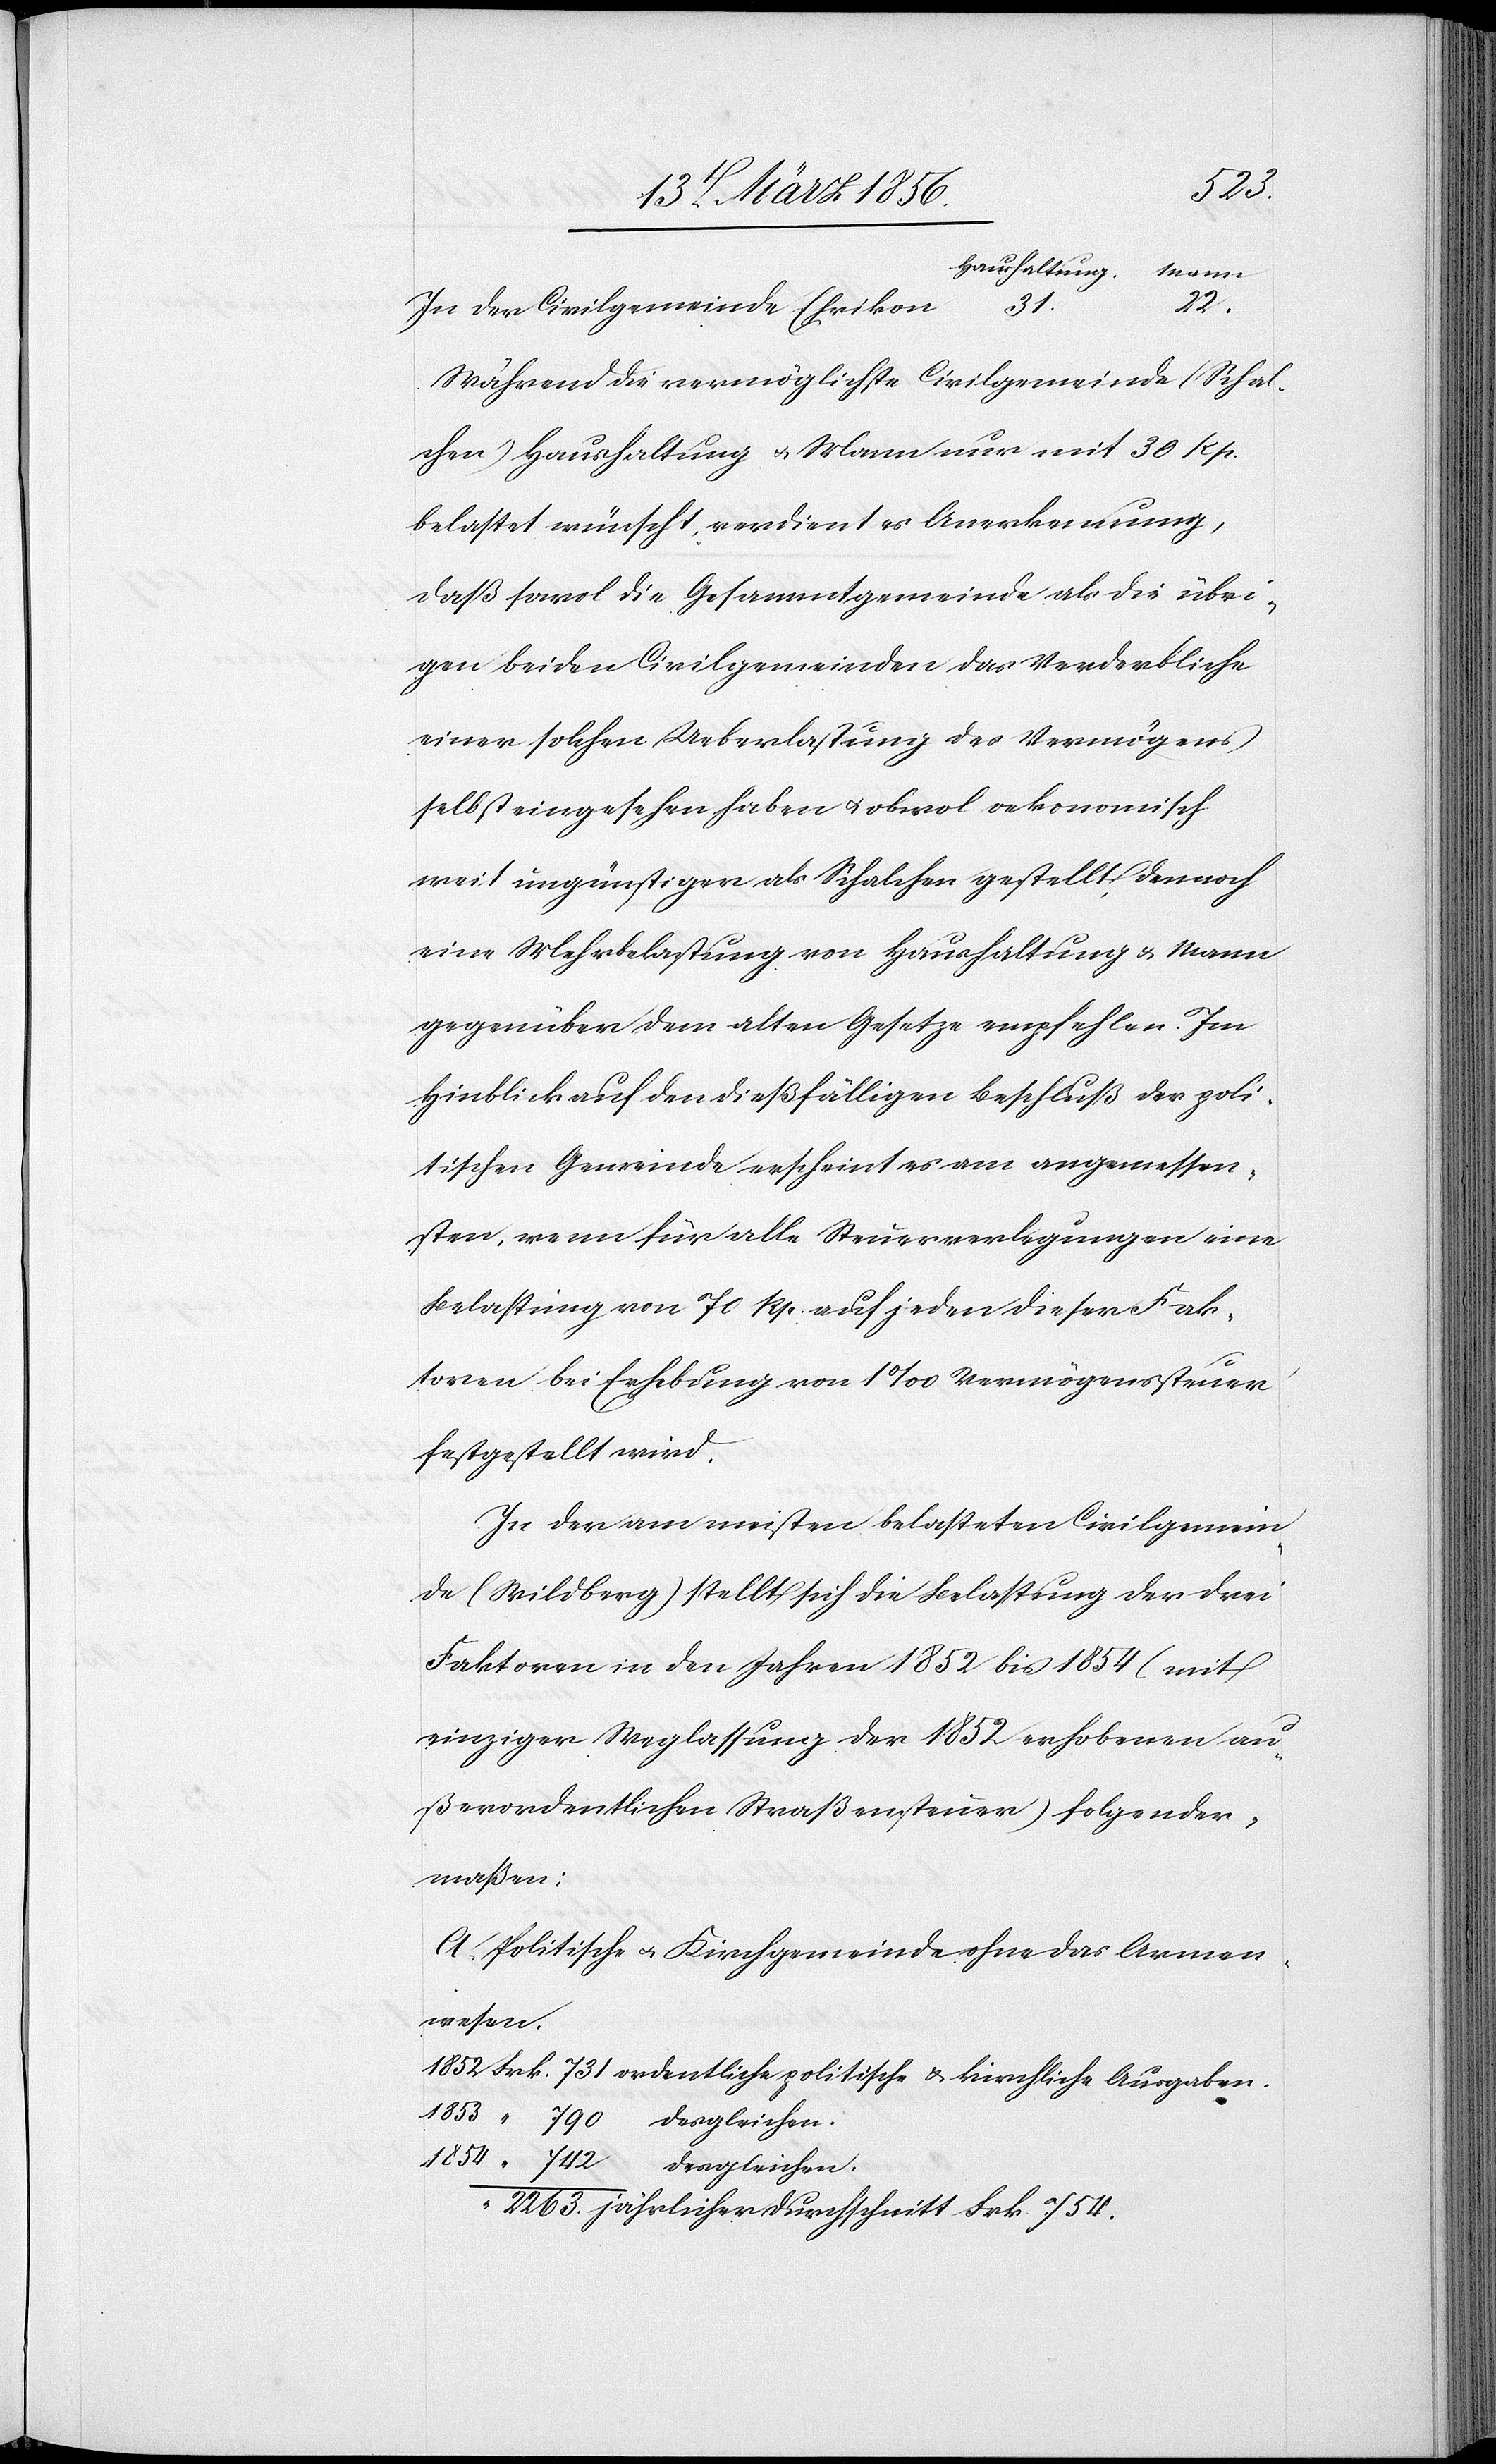
22.
31.
Während die vermöglichste Civilgemeinde (Schal¬
chen) Haushaltung u. Mann nur mit 30 Rp.
belastet wünscht, verdient es Anerkennung,
daß sowol die Gesammtgemeinde als die übri¬
gen beiden Civilgemeinden das Verderbliche
einer solchen Ueberlastung des Vermögens
selbst eingesehen haben u. obwol oekonomisch
weit ungünstiger als Schalchen gestellt, dennoch
eine Mehrbelastung von Haushaltung & Mann
gegenüber dem alten Gesetze empfehlen. Im
Hinblick auf den dießfälligen Beschluß der poli¬
tischen Gemeinde erscheint es am angemessen¬
sten, wenn für alle Steuerverlegungen eine
Belastung von 70 Rp. auf jeden dieser Fak¬
toren bei Erhebung von 1‰ Vermögenssteuer
festgestellt wird.
In der am meisten belasteten Civilgemein¬
de (Wildberg) stellt sich die Belastung der drei
Faktoren in den Jahren 1852 bis 1854 (mit
einziger Weglassung der 1852 erhobenen au¬
ßerordentlichen Straßensteuer) folgender¬
maßen:
A. Politische u. Kirchgemeinde ohne das Armen¬
wesen.
1852	Frk.	731	ordentliche politische & kirchliche Ausgaben.
1853	 “	790	desgleichen.
1854	 “	742	desgleichen.
“	2263. 	jährlicher Durchschnitt Frk. 754.